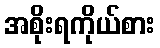
အစိုးရကိုယ်စား